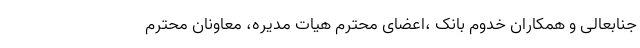
جنابعالی و همکاران خدوم بانک ،اعضای محترم هیات مدیره، معاونان محترم